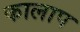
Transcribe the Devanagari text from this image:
कालाप